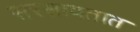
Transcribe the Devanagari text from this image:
सरसावतात